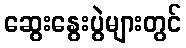
ဆွေးနွေးပွဲများတွင်